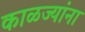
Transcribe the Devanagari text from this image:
काळज्यांना